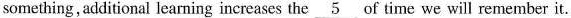
something, additional learning increases the \underline{5} of time we will remember it.